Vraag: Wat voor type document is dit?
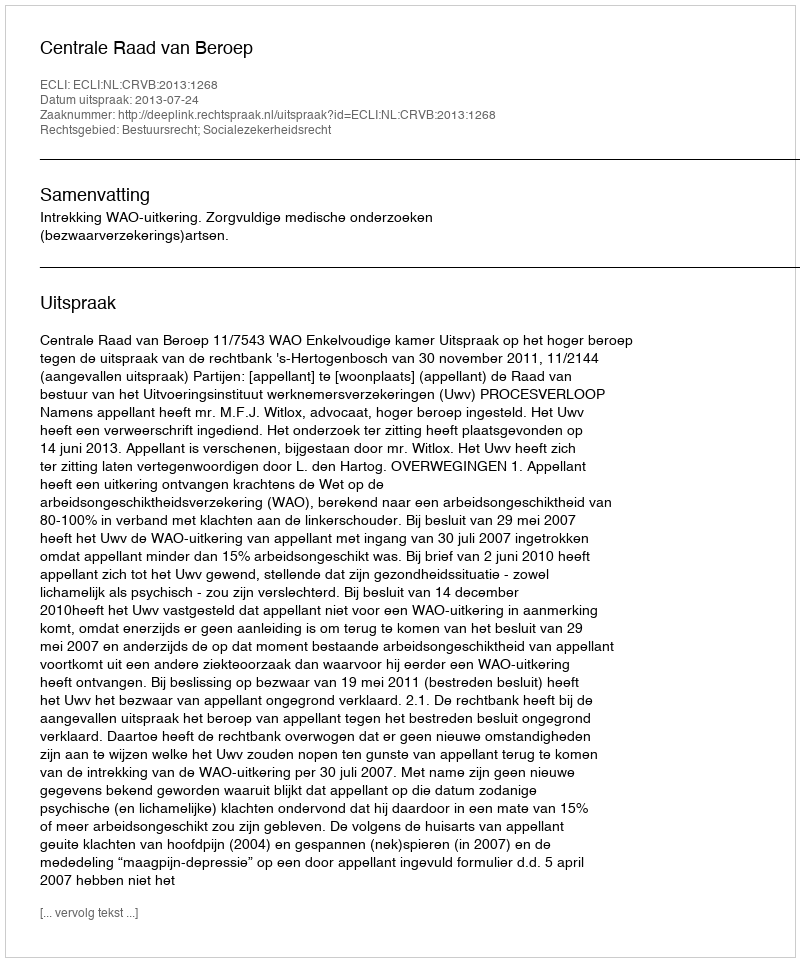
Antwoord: Uitspraak